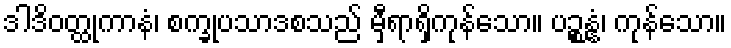
ဒါဒိဝတ္ထုကာနံ၊ စက္ခုပသာဒစသည် မှီရာရှိကုန်သော။ ပဉ္စန္နံ၊ ကုန်သော။